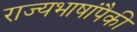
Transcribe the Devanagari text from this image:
राज्यभाषांपैकी